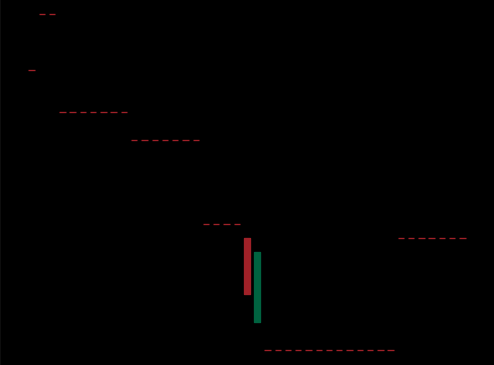
Pattern: bull_flag